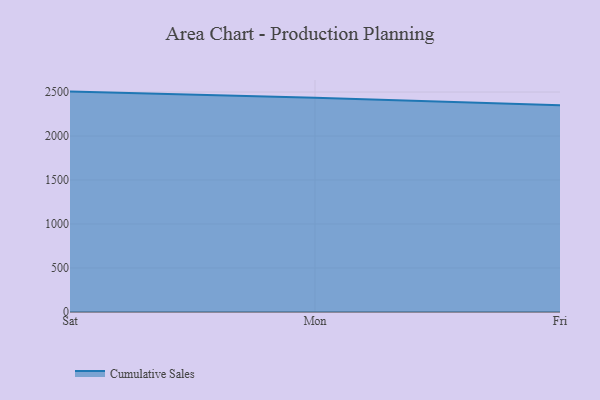
{"axis": {"x": "Day", "y": "Churn Rate (%)"}, "legend": ["Cumulative Sales"], "data": [{"x": "Sat", "y": 2504.8, "type": "Cumulative Sales"}, {"x": "Mon", "y": 2433.5, "type": "Cumulative Sales"}, {"x": "Fri", "y": 2350.5, "type": "Cumulative Sales"}]}